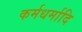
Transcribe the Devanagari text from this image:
कर्मधर्मादि